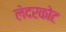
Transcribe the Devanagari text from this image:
लेदरकोट